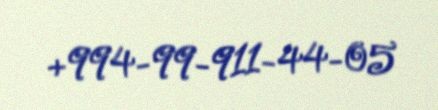
+994-99-911-44-05